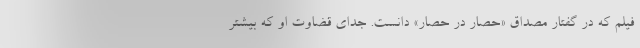
فیلم که در گفتار مصداق «حصار در حصار» دانست. جدای قضاوت او که بیشتر